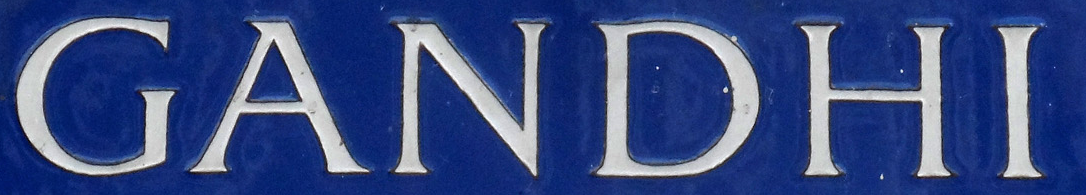
GANDHI